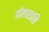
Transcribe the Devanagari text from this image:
डॉलरप्रति